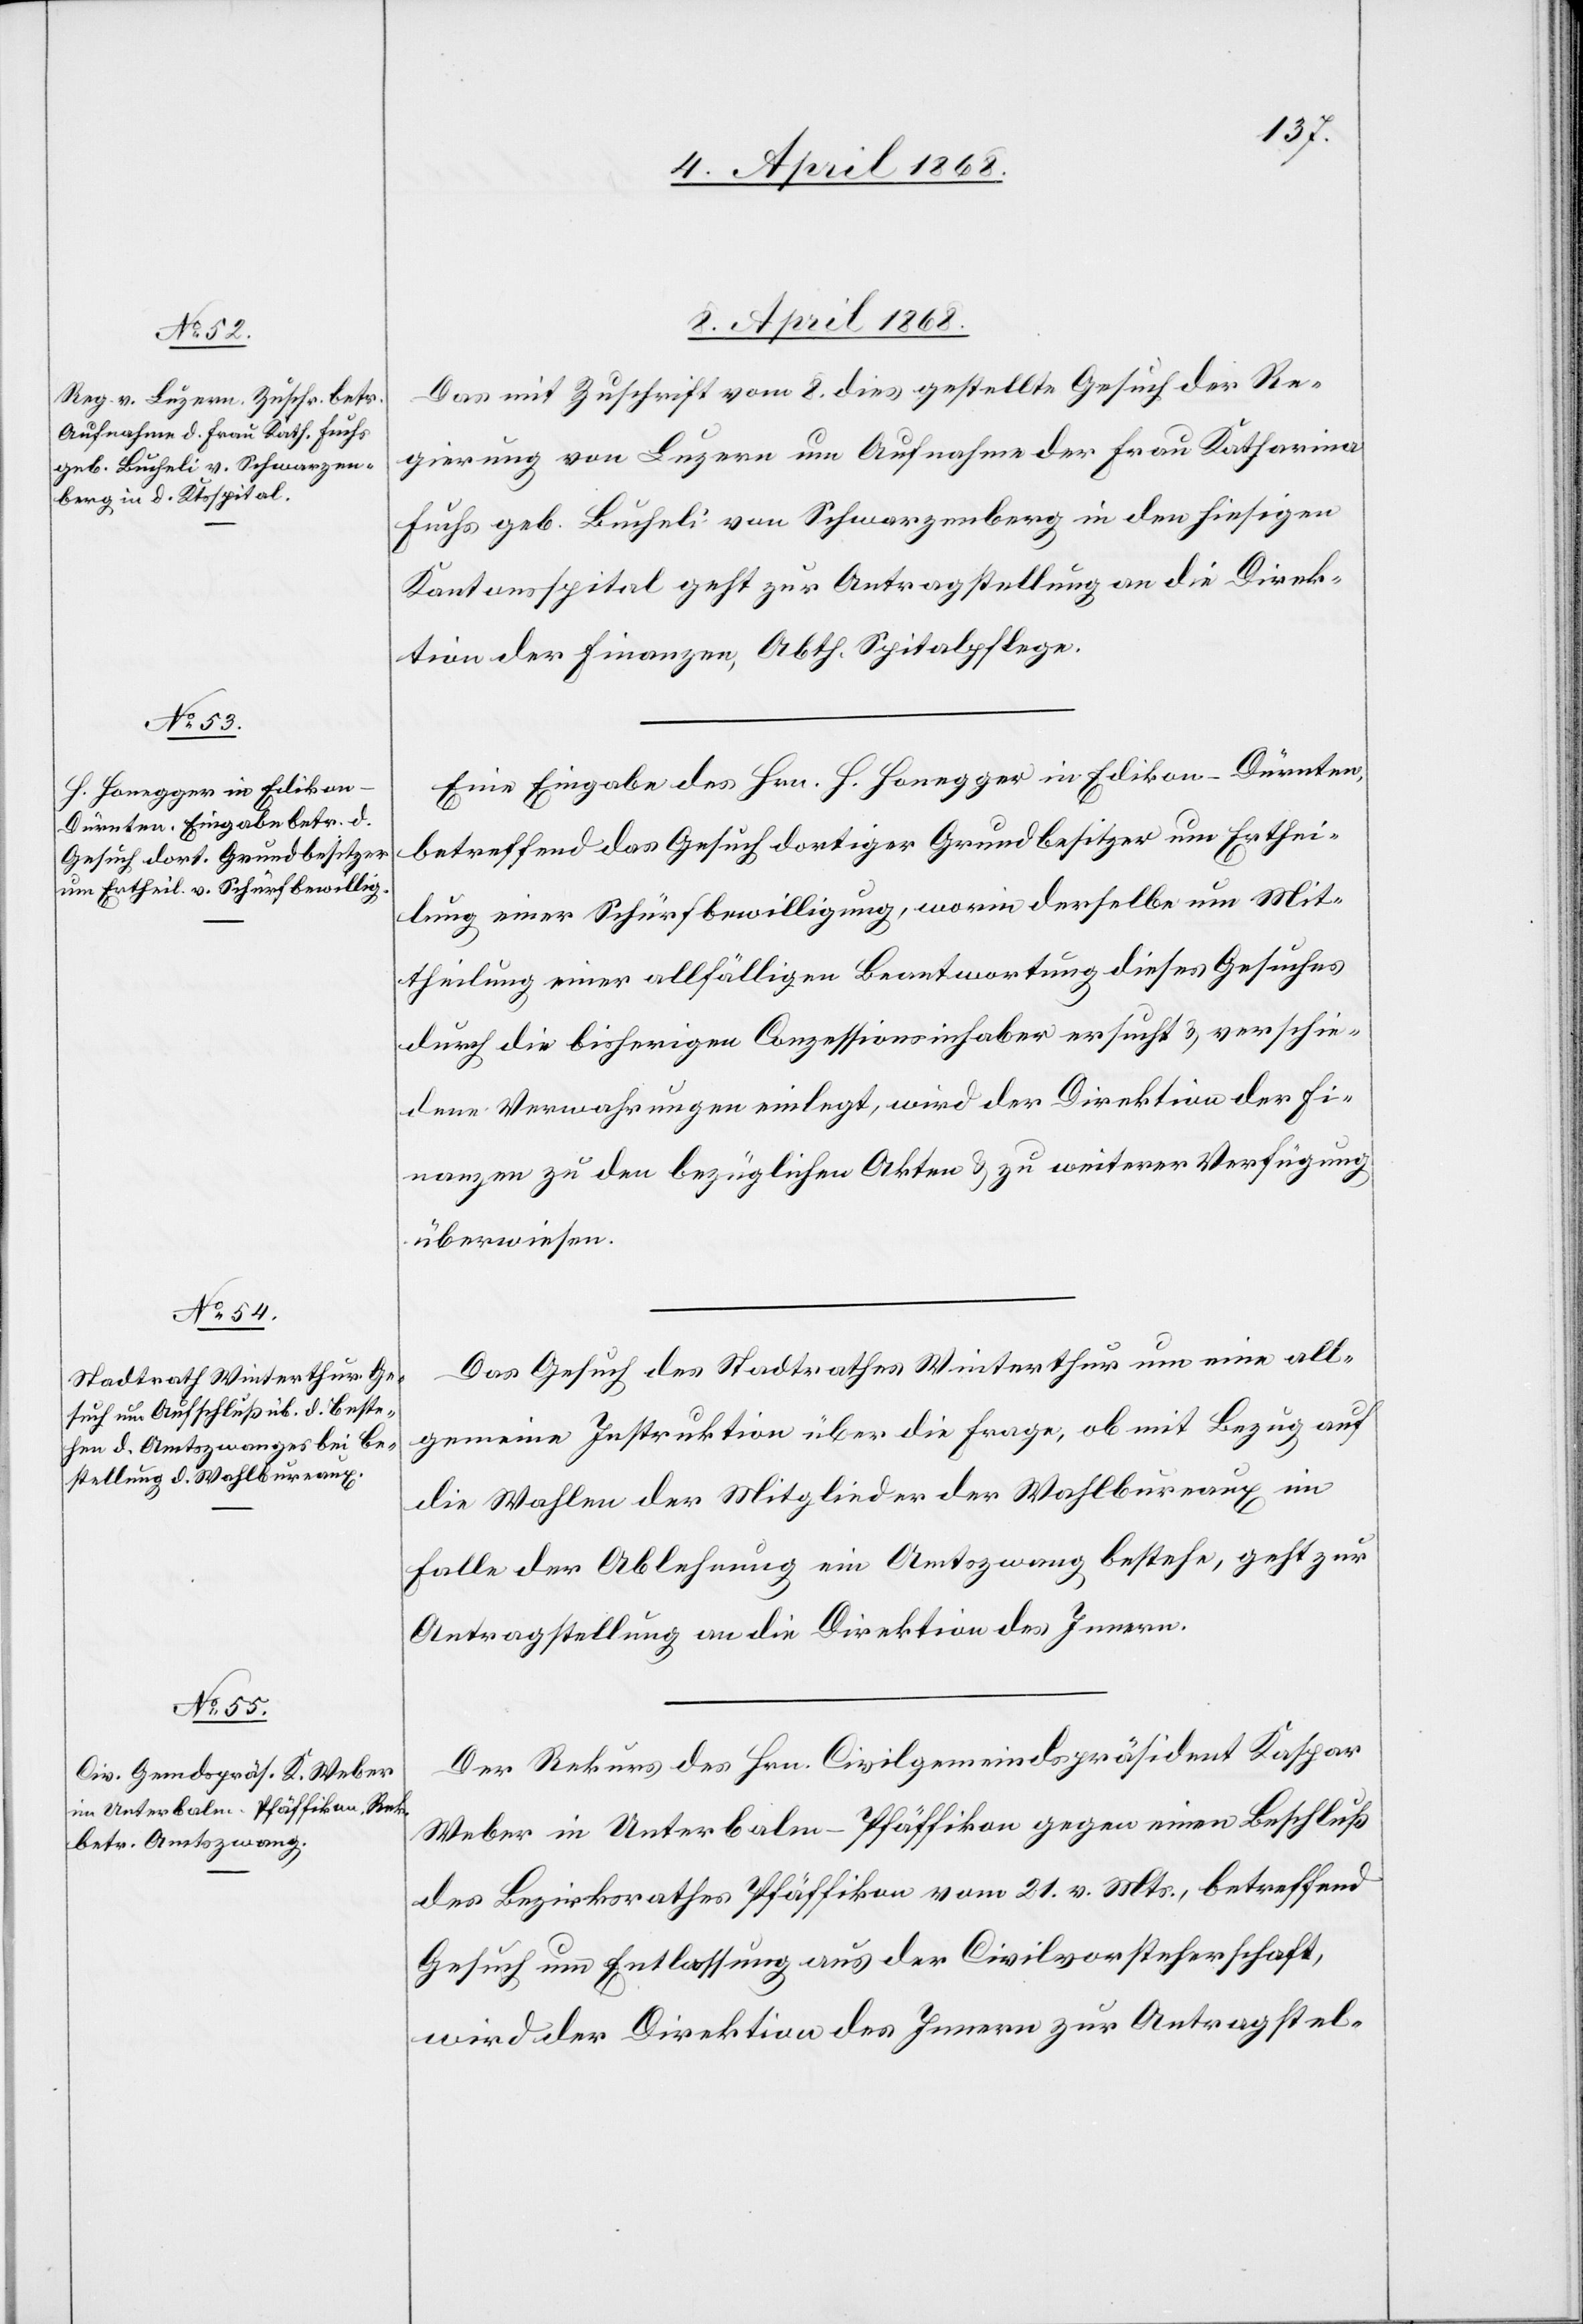
8. April 1868.]
Das mit Zuschrift vom 8. dies gestellte Gesuch der Re¬
gierung von Luzern um Aufnahme der Frau Katharina
Fuchs geb. Bucheli von Schwarzenberg in den hiesigen
Kantonsspital geht zur Antragstellung an die Direk¬
tion der Finanzen, Abth. Spitalpflege.
Eine Eingabe des Hrn. H. Honegger in Edikon-Dürnten,
betreffend das Gesuch dortiger Grundbesitzer um Erthei¬
lung einer Schürfbewilligung, worin derselbe um Mit¬
theilung einer allfälligen Beantwortung dieses Gesuches
durch die bisherigen Conzessionsinhaber ersucht & verschie¬
dene Verwahrungen einlegt, wird der Direktion der Fi¬
nanzen zu den bezüglichen Akten & zu weiterer Verfügung
überwiesen.
Das Gesuch des Stadtrathes Winterthur um eine all¬
gemeine Instruktion über die Frage, ob mit Bezug auf
die Wahlen der Mitglieder der Wahlbureaux im
Falle der Ablehnung ein Amtszwang bestehe, geht zur
Antragstellung an die Direktion des Innern.
Der Rekurs des Hrn. Civilgemeindspräsident Kaspar
Weber in Unterbalm-Pfäffikon gegen einen Beschluß
des Bezirksrathes Pfäffikon vom 21. v. Mts., betreffend
Gesuch um Entlassung aus der Civilvorsteherschaft,
wird der Direktion des Innern zur Antragstel-